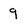
Character: 9